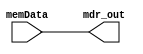
module mdr(

    input wire [31:0] memData,
    output wire [31:0] mdr_out
);

    assign mdr_out = memData;

endmodule